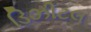
ડિઝીટલ